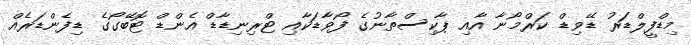
މިޑްފީލްޑަރު ޑޭވިޑް ކަރްމޯނާ އާއި ޕާކިސްތާނުގެ ފޯވާޑަކާއި ޓްރިނިޑާޑް އެންޑް ޓޮބޭގޯގެ ޑިފެންޑަރެއް